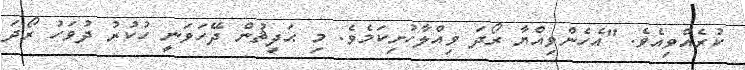
ކުރެއްވިއެވެ. "އެހެންވިއްޔާ ރޯދަ ވިއްލާހުށިކަމެވެ. މި ޙަދީޘުން ދޭހަވަނީ ހުކުރު ދުވަހު ރޯދަ